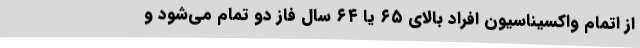
از اتمام واکسیناسیون افراد بالای ۶۵ یا ۶۴ سال فاز دو تمام می‌شود و